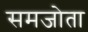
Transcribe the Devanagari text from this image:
समजोता